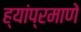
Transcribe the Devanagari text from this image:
ह्यांप्रमाणे